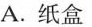
A.纸盒